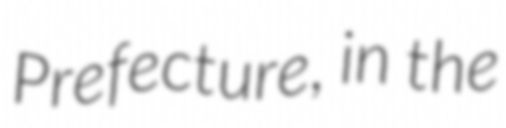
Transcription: Prefecture, in the